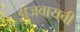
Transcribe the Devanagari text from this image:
झुंजवायची